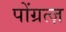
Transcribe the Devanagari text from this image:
पोंग्रत्ज़